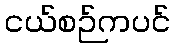
ငယ်စဉ်ကပင်